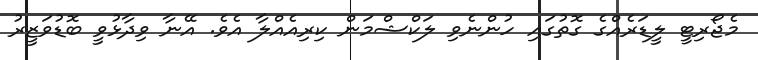
މެޖޯރިޓީ ލީޑަރެއްގެ ގޮތުގައި ހުންނެވި ލަކްޝްމަން ކިރިއެއްލާ އެވެ. އޭނާ ވިދާޅުވީ ބޮޑުވަޒީރު